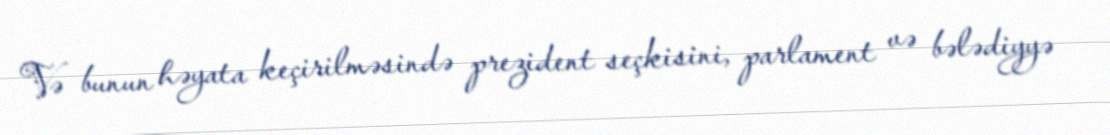
Və bunun həyata keçirilməsində prezident seçkisini, parlament və bələdiyyə